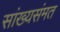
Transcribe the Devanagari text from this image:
सांख्यसंमत